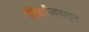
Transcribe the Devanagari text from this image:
मिर्टाज़पाइन